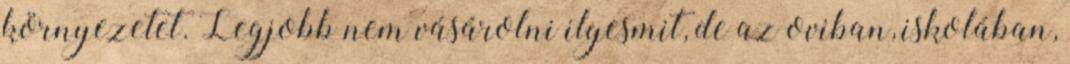
környezetet. Legjobb nem vásárolni ilyesmit, de az oviban, iskolában,